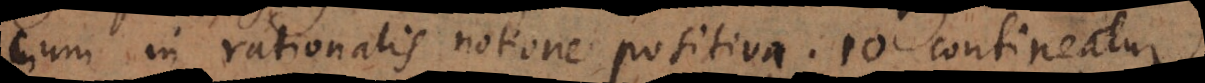
cum in rationalis notione positiva 10 contineatur